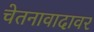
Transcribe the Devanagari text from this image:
चेतनावादावर